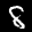
Label: 8